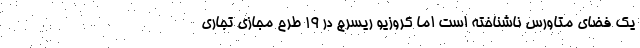
یک فضای متاورس ناشناخته است اما کروزیو ریسرچ در ۱۹ طرح مجازی تجاری